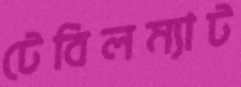
টেবিলম্যাট